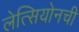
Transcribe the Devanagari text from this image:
लेत्सियोनची